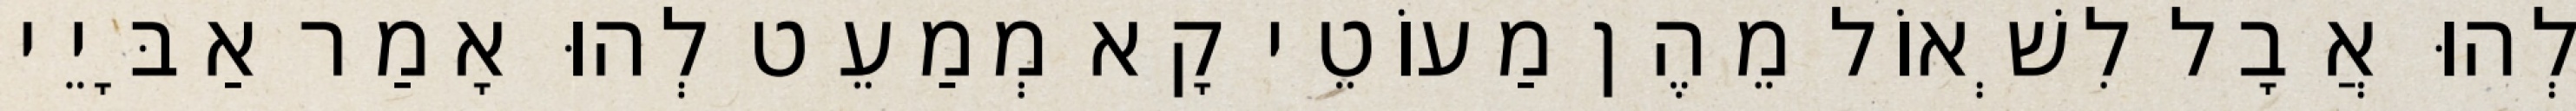
לְהוּ אֲבָל לִשְׁאוֹל מֵהֶן מַעוֹטֵי קָא מְמַעֵט לְהוּ אָמַר אַבָּיֵי